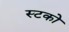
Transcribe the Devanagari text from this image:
स्टको